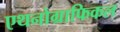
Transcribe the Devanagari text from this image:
एथनोग्राफिकल